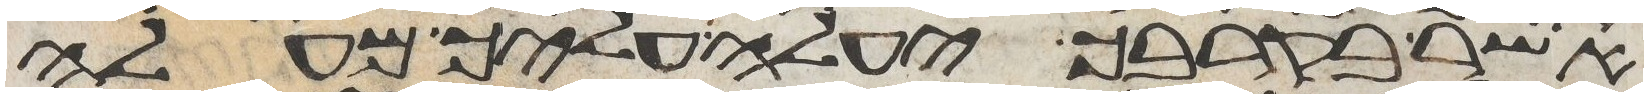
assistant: אשר בקרבך יעלה עליך מעלה